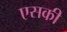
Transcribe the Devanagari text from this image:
एसकी